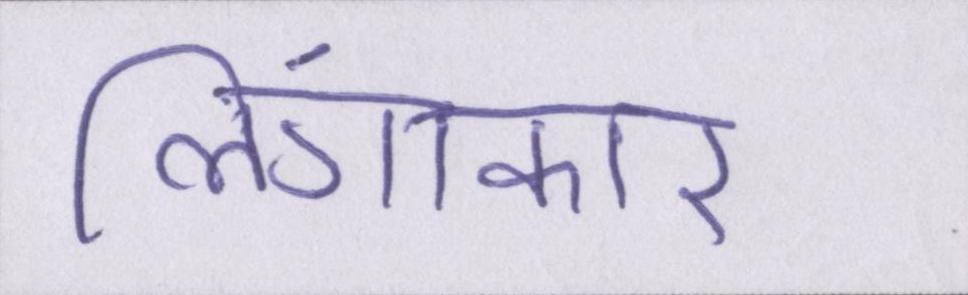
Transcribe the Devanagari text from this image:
लिंगाकार